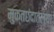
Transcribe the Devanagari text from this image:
मुक्तछंदातल्या